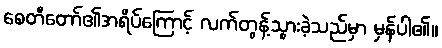
စေတီတော်၏အရိပ်ကြောင့် လက်တွန့်သွားခဲ့သည်မှာ မှန်ပါ၏။